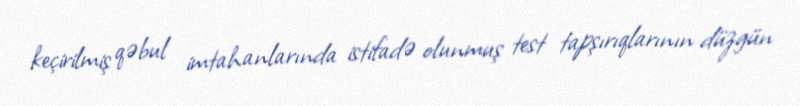
keçirilmiş qəbul imtahanlarında istifadə olunmuş test tapşırıqlarının düzgün